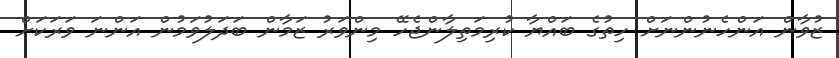
ޒުވާން އަންހެނުންނަށް ހިތުގެ ބައްޔާ ކުރިމަތިލާންޖެހޭ މިންވަރު ޒަމާން ބަދަލުވަމުން އަންނަ ވަރަކަށް